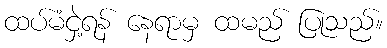
ထပ်မံငှဲ့ရန် နေရာမှ ထမည် ပြုသည်။